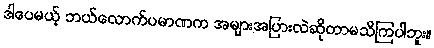
ဒါပေမယ့် ဘယ်လောက်ပမာဏက အများအပြားလဲဆိုတာမသိကြပါဘူး။